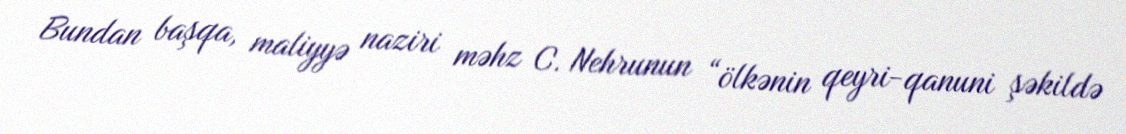
Bundan başqa, maliyyə naziri məhz C. Nehrunun “ölkənin qeyri-qanuni şəkildə